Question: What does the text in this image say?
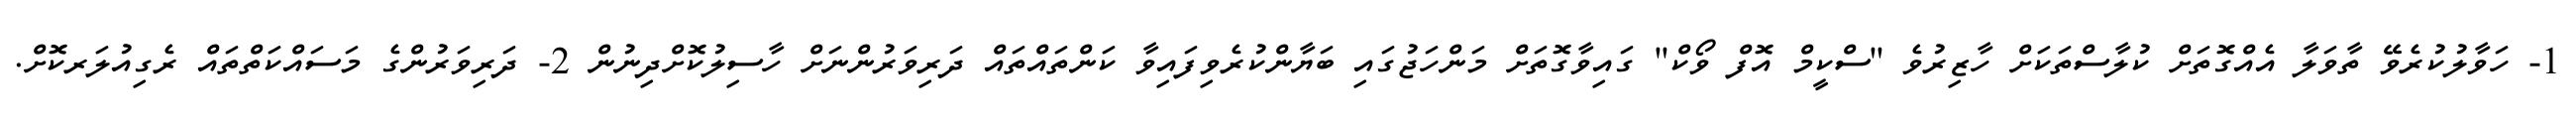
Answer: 1- ހަވާލުކުރެވޭ ތާވަލާ އެއްގޮތަށް ކުލާސްތަކަށް ހާޒިރުވެ ''ސްކީމް އޮފް ވޯކް'' ގައިވާގޮތަށް މަންހަޖުގައި ބަޔާންކުރެވިފައިވާ ކަންތައްތައް ދަރިވަރުންނަށް ހާސިލުކޮށްދިނުން 2- ދަރިވަރުންގެ މަސައްކަތްތައް ރެގިއުލަރކޮށް.